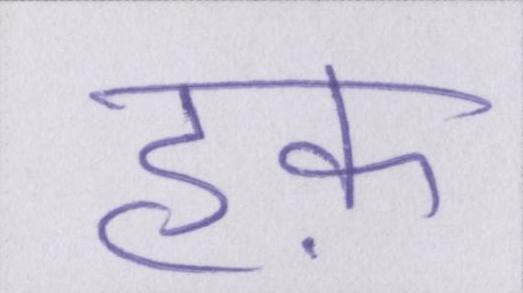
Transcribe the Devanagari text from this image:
हक़